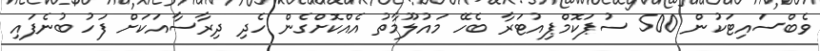
ވެބްސައިޓަކުން 500 ސުޕަކޮމްޕިއުޓަރާ ބެހޭ މައުލޫމާތު އެއްކޮށްގެން ހެދި ދިރާސާއަކަށް ފަހު ބުނެފައި